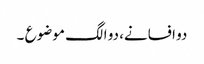
دو افسانے، دو الگ موضوع ۔